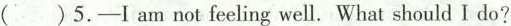
( )5.-I am not feeling well. What should I do?